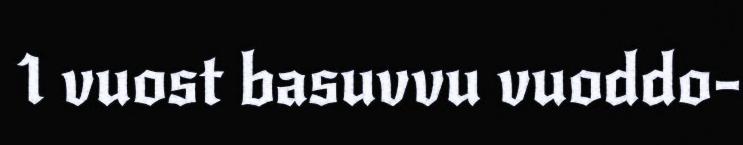
1 vuost basuvvu vuoddo-